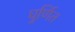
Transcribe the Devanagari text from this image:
घुर्णित